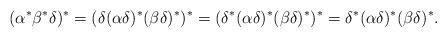
LaTeX: \begin{align*}(\alpha^*\beta^*\delta)^* = (\delta(\alpha \delta)^*(\beta \delta)^*)^* =(\delta^*(\alpha \delta)^*(\beta \delta)^*)^* = \delta^*(\alpha \delta)^*(\beta \delta)^*.\end{align*}